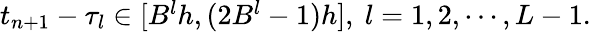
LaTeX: \begin{array}{r}{t_{n+1}-\tau_{l}\in[B^{l}h,(2B^{l}-1)h],\ l=1,2,\cdots,L-1.}\end{array}